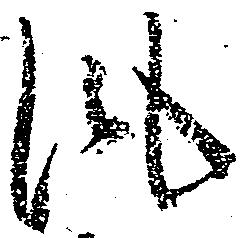
風